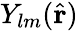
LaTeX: Y_{lm}(\hat{\mathbf{r}})